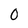
Character: 0